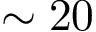
\sim 2 0